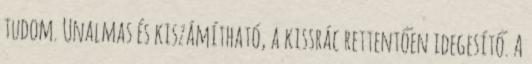
tudom. Unalmas és kiszámítható, a kissrác rettentően idegesítő. A